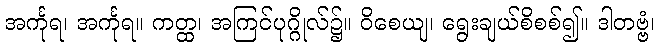
အင်္ကုရ၊ အင်္ကုရ။ ကတ္ထ၊ အကြင်ပုဂ္ဂိုလ်၌။ ဝိစေယျ၊ ရွေးချယ်စိစစ်၍။ ဒါတဗ္ဗံ၊